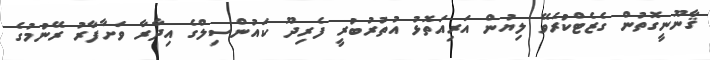
ޤާނޫނީގޮތުން ގެޒެޓްކުރެވޭ ލިޔުން އަރިއަތޮޅު އުތުރުބުރީ ފެރިދޫ ކައުންސިލްގެ އިދާރާ ވަށާފާރު ރޭނުމުގެ